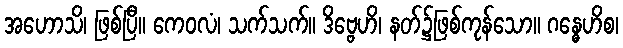
အဟောသိ၊ ဖြစ်ပြီ။ ကေဝလံ၊ သက်သက်။ ဒိဗ္ဗေဟိ၊ နတ်၌ဖြစ်ကုန်သော။ ဂန္ဓေဟိစ၊